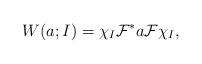
LaTeX: \begin{align*}W(a; I) = \chi_{I} \mathcal F^* a \mathcal F\chi_{I},\end{align*}